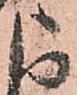
よ